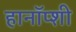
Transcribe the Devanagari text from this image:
हानॉप्शी